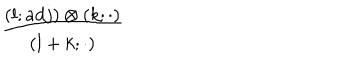
LaTeX: { \frac { ( l ; a d j ) \otimes ( k ; \cdot ) } { ( l + k ; \cdot ) } }